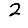
Digit: 2